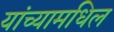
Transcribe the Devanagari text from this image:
यांच्यामधिल